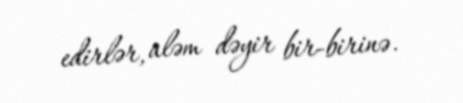
edirlər, aləm dəyir bir-birinə.